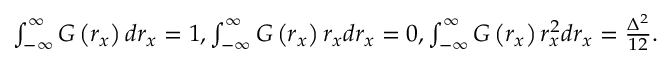
\begin{array} { r } { \int _ { - \infty } ^ { \infty } G \left( r _ { x } \right) d r _ { x } = 1 , \int _ { - \infty } ^ { \infty } G \left( r _ { x } \right) r _ { x } d r _ { x } = 0 , \int _ { - \infty } ^ { \infty } G \left( r _ { x } \right) r _ { x } ^ { 2 } d r _ { x } = \frac { \Delta ^ { 2 } } { 1 2 } . } \end{array}